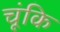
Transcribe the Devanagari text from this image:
चूंकि